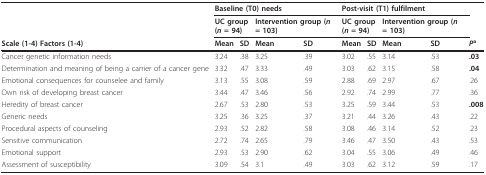
<table><thead><tr><td></td><td colspan="4"><b>Baseline (T0) needs</b></td><td colspan="4"><b>Post-visit (T1) fulfilment</b></td><td></td></tr><tr><td></td><td colspan="2"><b>UC group(<i>n </i>= 94)</b></td><td colspan="2"><b>Intervention group (<i>n </i>= 103)</b></td><td colspan="2"><b>UC group(<i>n </i>= 94)</b></td><td colspan="2"><b>Intervention group (<i>n </i>= 103)</b></td><td></td></tr><tr><td><b>Scale (1-4) Factors (1-4)</b></td><td><b>Mean</b></td><td><b>SD</b></td><td><b>Mean</b></td><td><b>SD</b></td><td><b>Mean</b></td><td><b>SD</b></td><td><b>Mean</b></td><td><b>SD</b></td><td><b><i>P</i><sup>a</sup></b></td></tr></thead><tbody><tr><td>Cancer genetic information needs</td><td>3.24</td><td>.38</td><td>3.25</td><td>.39</td><td>3.02</td><td>.55</td><td>3.14</td><td>.53</td><td><b>.03</b></td></tr><tr><td>Determination and meaning of being a carrier of a cancer gene</td><td>3.32</td><td>.47</td><td>3.33</td><td>.49</td><td>3.03</td><td>.62</td><td>3.15</td><td>.58</td><td><b>.04</b></td></tr><tr><td>Emotional consequences for counselee and family</td><td>3.13</td><td>.55</td><td>3.08</td><td>.59</td><td>2.88</td><td>.69</td><td>2.97</td><td>.67</td><td>.26</td></tr><tr><td>Own risk of developing breast cancer</td><td>3.44</td><td>.47</td><td>3.46</td><td>.56</td><td>2.92</td><td>.74</td><td>2.99</td><td>.77</td><td>.36</td></tr><tr><td>Heredity of breast cancer</td><td>2.67</td><td>.53</td><td>2.80</td><td>.53</td><td>3.25</td><td>.59</td><td>3.44</td><td>.53</td><td><b>.008</b></td></tr><tr><td>Generic needs</td><td>3.25</td><td>.36</td><td>3.25</td><td>.37</td><td>3.21</td><td>.44</td><td>3.26</td><td>.43</td><td>.22</td></tr><tr><td>Procedural aspects of counseling</td><td>2.93</td><td>.52</td><td>2.82</td><td>.58</td><td>3.08</td><td>.46</td><td>3.14</td><td>.52</td><td>.23</td></tr><tr><td>Sensitive communication</td><td>2.72</td><td>.74</td><td>2.65</td><td>.79</td><td>3.46</td><td>.47</td><td>3.50</td><td>.43</td><td>.53</td></tr><tr><td>Emotional support</td><td>2.93</td><td>.53</td><td>2.90</td><td>.62</td><td>3.04</td><td>.55</td><td>3.06</td><td>.49</td><td>.46</td></tr><tr><td>Assessment of susceptibility</td><td>3.09</td><td>.54</td><td>3.1</td><td>.49</td><td>3.03</td><td>.62</td><td>3.12</td><td>.59</td><td>.17</td></tr></tbody></table>